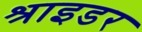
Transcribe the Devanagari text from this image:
श्राइडर